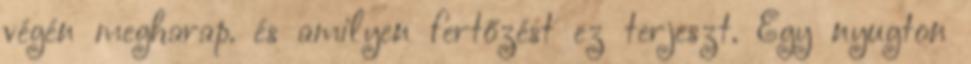
végén megharap. és amilyen fertőzést ez terjeszt. Egy nyugton